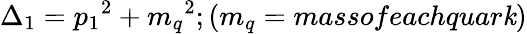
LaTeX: \Delta_{1}={p_{1}}^{2}+{m_{q}}^{2};(m_{q}=massofeachquar\mathit{k})